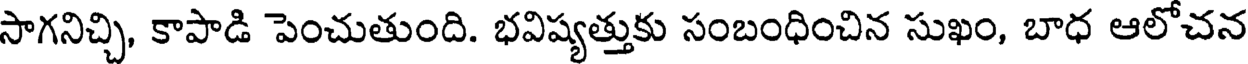
సాగనిచ్చి, కాపాడి పెంచుతుంది. భవిష్యత్తుకు సంబంధించిన సుఖం, బాధ ఆలోచన